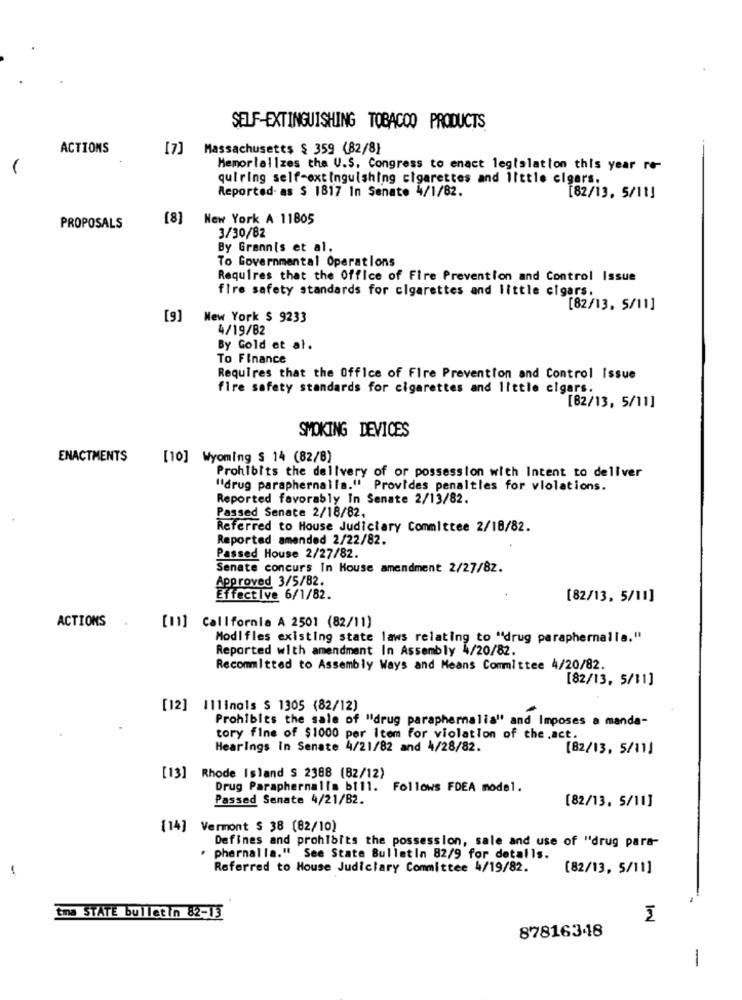
SELF-EXTINGUISHING TOBACCO PRODUCTS
ACTIONS
[7]
Massachusetts $ 359 (82/8]
Memorializes the U.S. Congress to enact legislation this year re-
quiring self-extinguishing cigarettes and little cigars.
Reported-as $ 1817 In Senate 4/1/82.
[82/13, 5/11]
[8]
New York A 11805
PROPOSALS
3/30/82
By Grannis et al.
To Governmental Operations
Requires that the Office of Fire Prevention and Control Issue
fire safety standards for cigarettes and little cigars,
[82/13. 5/11]
[9]
New York $ 9233
4/19/82
By Gold et al.
To Finance
Requires that the Office of Fire Prevention and Control Issue
fire safety standards for cigarettes and little cigars.
[82/13, 5/11]
SMOKING DEVICES
ENACTMENTS
[10] Wyoming $ 14 (82/8)
Prohibits the delivery of or possession with Intent to deliver
"drug paraphernalia." Provides penalties for violations.
Reported favorably In Senate 2/13/82.
Passed Senate 2/18/82.
Referred to House Judiciary Committee 2/18/82.
Reported amended 2/22/82.
Passed House 2/27/82.
Senate concurs In House amendment 2/27/82.
Approved 3/5/82.
Effective 6/1/82.
[82/13, 5/11]
ACTIONS
[11] California A 2501 (82/11)
Modifles existing state laws relating to "drug paraphernalia."
Reported with amendment In Assembly 4/20/82.
Recommitted to Assembly Ways and Means Committee 4/20/82.
[82/13, 5/11]
[12] Illinois $ 1305 (82/12)
Prohibits the sale of "drug paraphernalia" and Imposes a manda-
tory fine of $1000 per Item for violation of the .act.
Hearings In Senate 4/21/82 and 4/28/82.
[82/13. 5/11]
[13] Rhode Island $ 2388 (B2/12)
Drug Paraphernalia bill. Follows FDEA model.
Passed Senate 4/21/B2.
[82/13. 5/10]
[14] Vermont $ 38 (82/10)
Defines and prohibits the possession, sale and use of "drug para-
. phernalla." See State Bulletin 82/9 for detalls.
Referred to House Judiciary Committee 4/19/82.
[82/13, 5/11]
tma STATE bulletin 82-13
Im
87816348
-